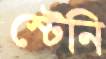
স্টেনি